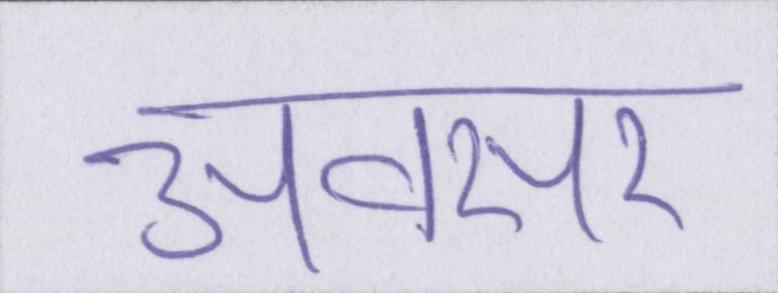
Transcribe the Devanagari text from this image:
अवसर